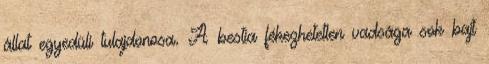
állat egyedüli tulajdonosa. A bestia fékezhetetlen vadsága sok bajt